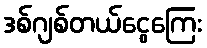
ဒစ်ဂျစ်တယ်ငွေကြေး